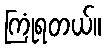
ကြုံရတယ်။